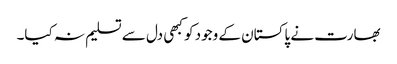
بھارت نے پاکستان کے وجود کو کبھی دل سے تسلیم نہ کیا۔